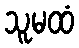
သူမထံ